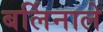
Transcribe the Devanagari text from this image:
बर्लिनाले